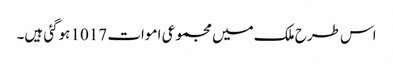
اس طرح ملک میں مجموعی اموات 1017 ہوگئی ہیں۔